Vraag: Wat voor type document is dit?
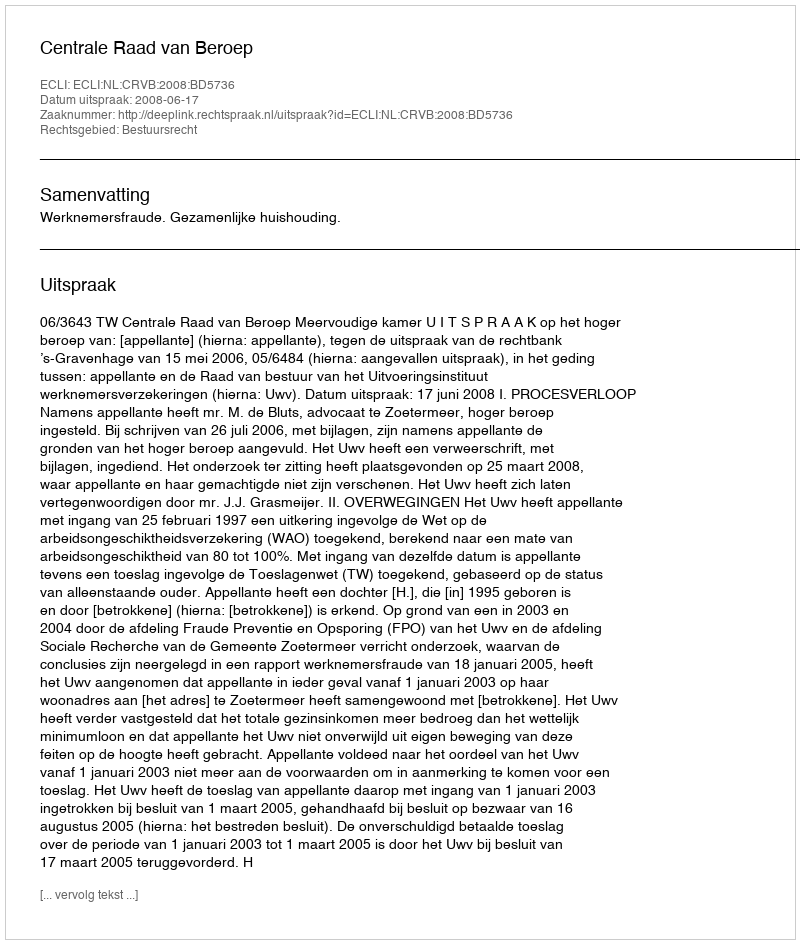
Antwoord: Uitspraak